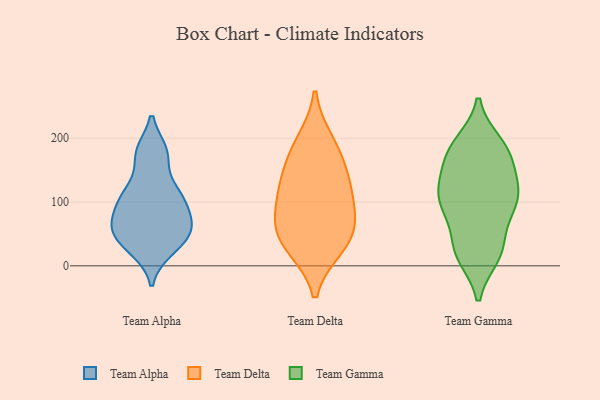
{"axis": {"x": "Market Share (%)", "y": "Value"}, "legend": ["Team Alpha", "Team Delta", "Team Gamma"], "data": [{"x": "", "y": 110, "type": "Team Alpha"}, {"x": "", "y": 104, "type": "Team Alpha"}, {"x": "", "y": 25, "type": "Team Alpha"}, {"x": "", "y": 58, "type": "Team Alpha"}, {"x": "", "y": 176, "type": "Team Alpha"}, {"x": "", "y": 60, "type": "Team Alpha"}, {"x": "", "y": 118, "type": "Team Alpha"}, {"x": "", "y": 58, "type": "Team Alpha"}, {"x": "", "y": 178, "type": "Team Alpha"}, {"x": "", "y": 81, "type": "Team Alpha"}, {"x": "", "y": 36, "type": "Team Alpha"}, {"x": "", "y": 84, "type": "Team Delta"}, {"x": "", "y": 195, "type": "Team Delta"}, {"x": "", "y": 177, "type": "Team Delta"}, {"x": "", "y": 138, "type": "Team Delta"}, {"x": "", "y": 109, "type": "Team Delta"}, {"x": "", "y": 65, "type": "Team Delta"}, {"x": "", "y": 55, "type": "Team Delta"}, {"x": "", "y": 131, "type": "Team Delta"}, {"x": "", "y": 31, "type": "Team Delta"}, {"x": "", "y": 29, "type": "Team Delta"}, {"x": "", "y": 154, "type": "Team Gamma"}, {"x": "", "y": 84, "type": "Team Gamma"}, {"x": "", "y": 105, "type": "Team Gamma"}, {"x": "", "y": 192, "type": "Team Gamma"}, {"x": "", "y": 36, "type": "Team Gamma"}, {"x": "", "y": 179, "type": "Team Gamma"}, {"x": "", "y": 106, "type": "Team Gamma"}, {"x": "", "y": 95, "type": "Team Gamma"}, {"x": "", "y": 119, "type": "Team Gamma"}, {"x": "", "y": 128, "type": "Team Gamma"}, {"x": "", "y": 19, "type": "Team Gamma"}, {"x": "", "y": 171, "type": "Team Gamma"}, {"x": "", "y": 32, "type": "Team Gamma"}, {"x": "", "y": 104, "type": "Team Gamma"}, {"x": "", "y": 89, "type": "Team Gamma"}, {"x": "", "y": 16, "type": "Team Gamma"}, {"x": "", "y": 182, "type": "Team Gamma"}, {"x": "", "y": 141, "type": "Team Gamma"}, {"x": "", "y": 191, "type": "Team Gamma"}, {"x": "", "y": 16, "type": "Team Gamma"}]}